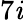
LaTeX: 7\mathit{i}